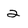
Character: 2